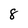
Character: 8